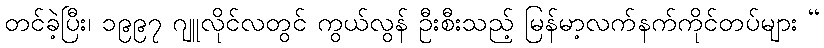
တင်ခဲ့ပြီး၊ ၁၉၉၇ ဂျူလိုင်လတွင် ကွယ်လွန် ဦးစီးသည့် မြန်မာ့လက်နက်ကိုင်တပ်များ “